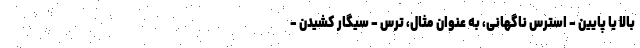
بالا یا پایین - استرس ناگهانی، به عنوان مثال، ترس - سیگار کشیدن -